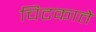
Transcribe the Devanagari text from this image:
चिटकाते